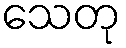
သေတု